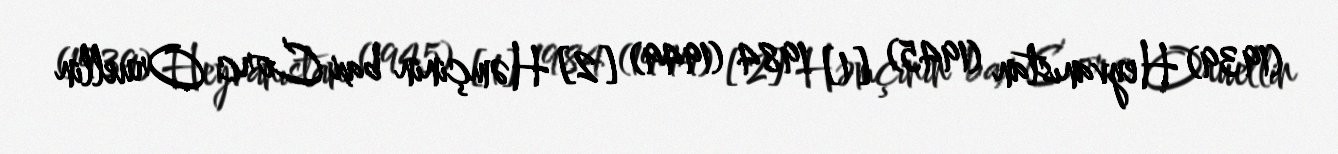
(1939) Heyvanıstan (1945) [1] 1984 (1949) [2] Həmçinin bax Corc Oruellin